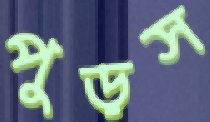
পুড়স